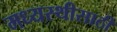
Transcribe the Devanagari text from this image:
मध्यस्थीसाठी